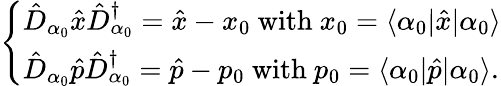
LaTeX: \begin{array}{r}{\left\{ \begin{array}{lll}{\hat{D}_{\alpha_{0}}\hat{x}\hat{D}_{\alpha_{0}}^{\dagger}=\hat{x}-x_{0}\ \mathrm{with}\ x_{0}=\langle\alpha_{0}|\hat{x}|\alpha_{0}\rangle}\\ {\hat{D}_{\alpha_{0}}\hat{p}\hat{D}_{\alpha_{0}}^{\dagger}=\hat{p}-p_{0}\ \mathrm{with}\ p_{0}=\langle\alpha_{0}|\hat{p}|\alpha_{0}\rangle.}\end{array}\right.}\end{array}